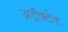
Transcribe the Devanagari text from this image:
अट्रॅक्टेड